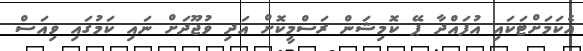
އެކަމަށްޓަކައި އުފައްދާ ޕޭ ކޮމިޝަން ރަސްމީކޮށް އަދި ވުޖޫދަށް ނައި ކަމުގައި ވިއަސް